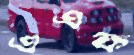
এএফ